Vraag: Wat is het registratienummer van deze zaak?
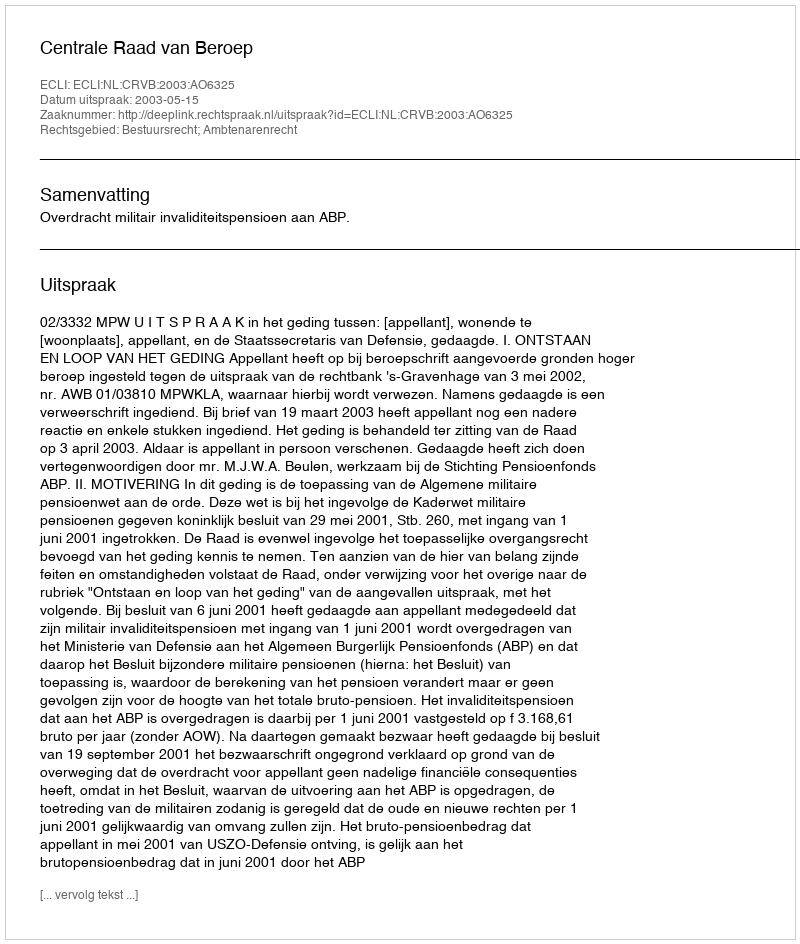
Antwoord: http://deeplink.rechtspraak.nl/uitspraak?id=ECLI:NL:CRVB:2003:AO6325